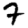
Digit: 7